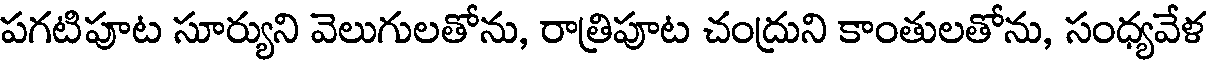
పగటిపూట సూర్యుని వెలుగులతోను, రాత్రిపూట చంద్రుని కాంతులతోను, సంధ్యవేళ